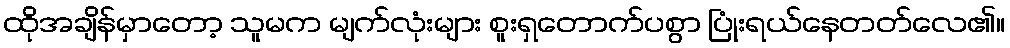
ထိုအချိန်မှာတော့ သူမက မျက်လုံးများ စူးရှတောက်ပစွာ ပြုံးရယ်နေတတ်လေ၏။